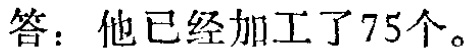
答：他已经加工了75个。